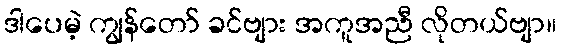
ဒါပေမဲ့ ကျွန်တော် ခင်ဗျား အကူအညီ လိုတယ်ဗျာ။